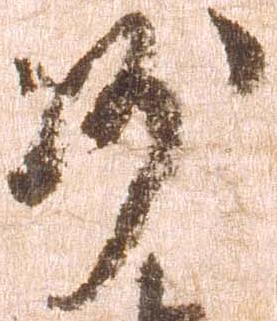
沙